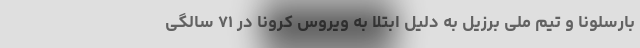
بارسلونا و تیم ملی برزیل به دلیل ابتلا به ویروس کرونا در ۷۱ سالگی